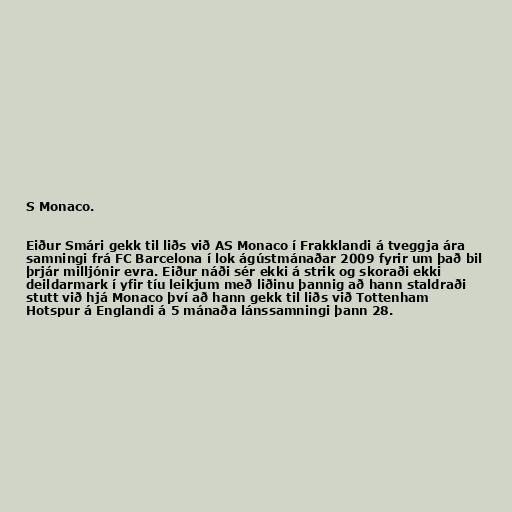
S Monaco.

Eiður Smári gekk til liðs við AS Monaco í Frakklandi á tveggja ára
samningi frá FC Barcelona í lok ágústmánaðar 2009 fyrir um það bil
þrjár milljónir evra. Eiður náði sér ekki á strik og skoraði ekki
deildarmark í yfir tíu leikjum með liðinu þannig að hann staldraði
stutt við hjá Monaco því að hann gekk til liðs við Tottenham
Hotspur á Englandi á 5 mánaða lánssamningi þann 28.